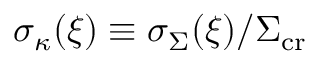
\sigma _ { \kappa } ( \boldsymbol { \xi } ) \equiv \sigma _ { \Sigma } ( \boldsymbol { \xi } ) / \Sigma _ { \mathrm { c r } }